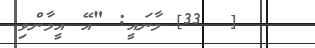
[  33] މާނައީ: "އޭ އީމާންވި